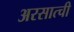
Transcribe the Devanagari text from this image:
अरसात्ची